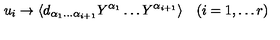
u _ { i } \to \langle d _ { \alpha _ { 1 } \dots \alpha _ { i + 1 } } Y ^ { \alpha _ { 1 } } \dots Y ^ { \alpha _ { i + 1 } } \rangle \quad ( i = 1 , \dots r )